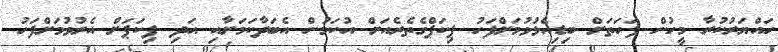
ހައްޔަރުކުރާ މީހުން ފަހަތަށް ބިޑިއެޅުވުމަށްފަހު ޕިކަޕްގެތެރެއަށް އުކަމުން އެބަދާކަމަށާއި އަދި ޕިކަޕަށް އެރުވުމަށްފަހު